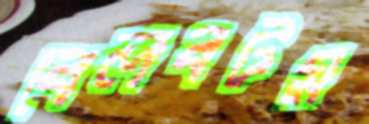
বেলবটম